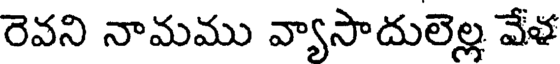
రెవని నామము వ్యాసాదులెల్ల వేళ